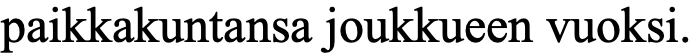
paikkakuntansa joukkueen vuoksi.